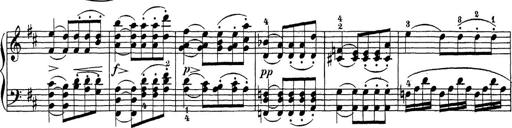
Title: Sonatina Album
Composer: Louis KÃ¶hler